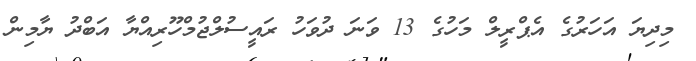
މިދިޔަ އަހަރުގެ އެޕްރީލް މަހުގެ 13 ވަނަ ދުވަހު ރައީސުލްޖުމްހޫރިއްޔާ އަބްދު ޔާމިން